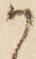
か